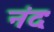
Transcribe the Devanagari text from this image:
नंदः